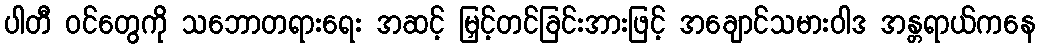
ပါတီ ဝင်တွေကို သဘောတရားရေး အဆင့် မြှင့်တင်ခြင်းအားဖြင့် အချောင်သမားဝါဒ အန္တရာယ်ကနေ